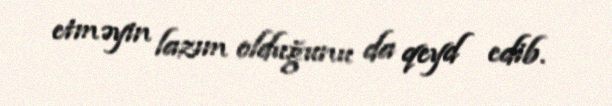
etməyin lazım olduğunu da qeyd edib.